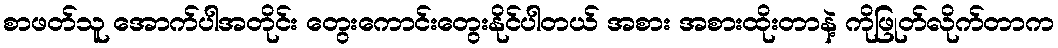
စာဖတ်သူ အောက်ပါအတိုင်း တွေးကောင်းတွေးနိုင်ပါတယ် အစား အစားထိုးတာနဲ့ ကိုဖြုတ်လိုက်တာက